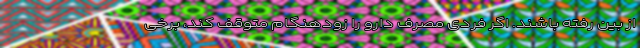
از بین رفته باشند. اگر فردی مصرف دارو را زودهنگام متوقف کند، برخی